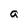
Character: a